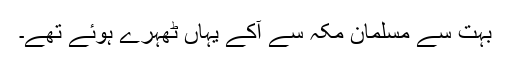
بہت سے مسلمان مکہ سے آکے یہاں ٹھہرے ہوئے تھے۔